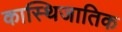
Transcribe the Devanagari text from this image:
कास्थिजातिक